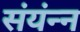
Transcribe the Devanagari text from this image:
संयंन्न